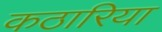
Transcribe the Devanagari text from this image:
कठारिया